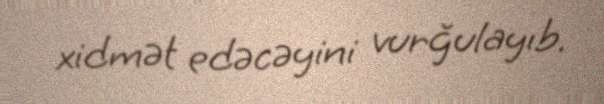
xidmət edəcəyini vurğulayıb.